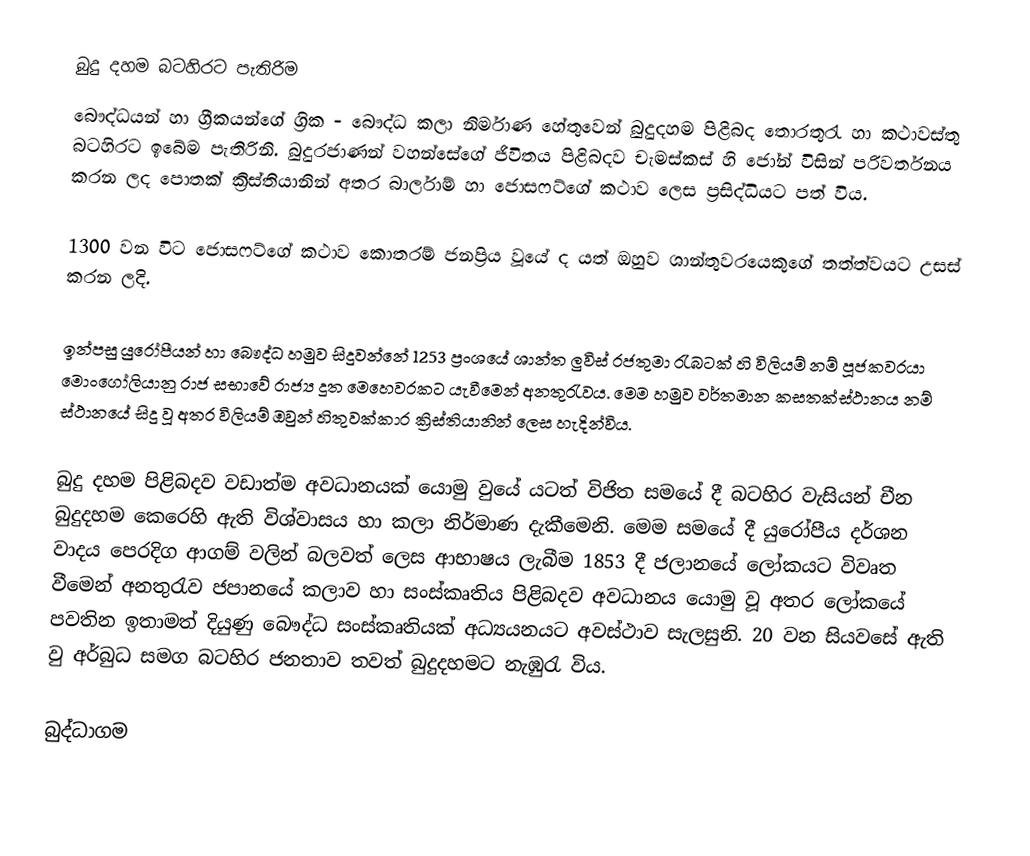
බුදු දහම බටහිරට පැතිරිම
බෞද්ධයන් හා ග්‍රීකයන්ගේ ග්‍රික - බෞද්ධ කලා නිර්මාණ හේතුවෙන් බුදුදහම පිළිබද තොරතුරැ හා කථාවස්තු බටහිරට ඉබේම පැතිරිනි. බුදුරජාණන් වහන්සේගේ ජිවිතය පිළිබදව  චැමස්කස් හි ජෝන් විසින් පරිවර්තනය කරන ලද පොතක් ක්‍රිස්තියානින් අතර බාර්ලාම් හා ජොසෆට්ගේ කථාව ලෙස ප්‍රසිද්ධියට පත් විය.

1300 වන විට ජොසෆට්ගේ කථාව කොතරම් ජනප්‍රිය වූයේ ද යත් ඔහුව ශාන්තුවරයෙකුගේ තත්ත්වයට උසස් කරන ලදි.

ඉන්පසු යුරෝපීයන් හා බෞද්ධ හමුව සිදුවන්නේ 1253 ප්‍රංශයේ ශාන්ත ලුවිස් රජතුමා රැබටක් හි විලියම් නම් පූජකවරයා මොංගෝලියානු රාජ සභාවේ රාජ්‍ය දූත මෙහෙවරකට යැවීමෙන් අනතුරැවය. මෙම හමුව වර්තමාන කසතක්ස්ථානය නම් ස්ථානයේ සිදු වූ අතර විලියම් ඔවුන් හිතුවක්කාර ක්‍රිස්තියානින් ලෙස හැදින්විය.

බුදු දහම පිළිබදව වඩාත්ම අවධානයක් යොමු වුයේ යටත් විජිත සමයේ දී බටහිර වැසියන් චීන බුදුදහම කෙරෙහි ඇති විශ්වාසය හා කලා නිර්මාණ දැකීමෙනි. මෙම සමයේ දී යුරෝපීය දර්ශන වාදය පෙරදිග ආගම් වලින් බලවත් ලෙස ආභාෂය ලැබීම 1853 දී ජලානයේ ලෝකයට විවෘත වීමෙන් අනතුරැව ජපානයේ කලාව හා සංස්කෘතිය පිළිබදව අවධානය යොමු වූ අතර ලෝකයේ පවතින ඉතාමත් දියුණු බෞද්ධ සංස්කෘතියක් අධ්‍යයනයට අවස්ථාව සැලසුනි. 20 වන සියවසේ ඇති වු අර්බුධ සමග බටහිර ජනතාව තවත් බුදුදහමට නැඹුරැ විය.

බුද්ධාගම